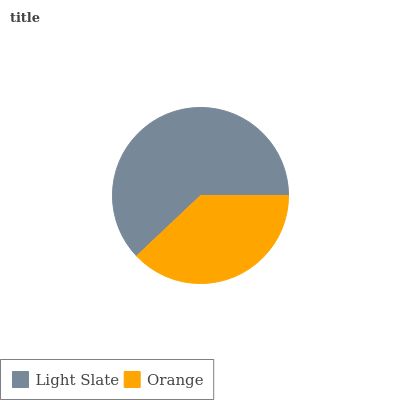
| Light Slate | Orange |
 | --- | --- |
 | 62.1% | 37.9% |